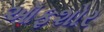
ઑફશોર